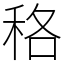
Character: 䅂